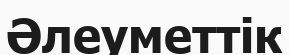
Әлеуметтік